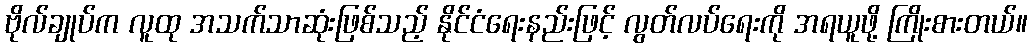
ဗိုလ်ချုပ်က လူထု အသက်သာဆုံးဖြစ်သည့် နိုင်ငံရေးနည်းဖြင့် လွတ်လပ်ရေးကို အရယူဖို့ ကြိုးစားတယ်။